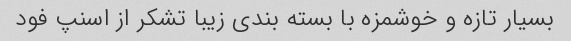
بسیار تازه و خوشمزه با بسته بندی زیبا تشکر از اسنپ فود